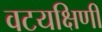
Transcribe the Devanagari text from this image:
वटयक्षिणी